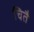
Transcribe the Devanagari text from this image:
चितै